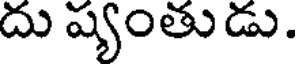
దు ష్యంతుడు.